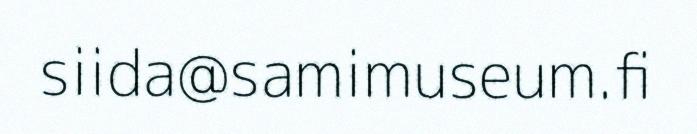
siida@samimuseum.fi